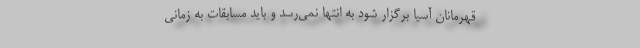
قهرمانان آسیا برگزار شود به انتها نمی‌رسد و باید مسابقات به زمانی